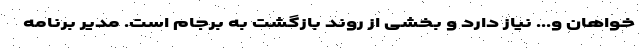
خواهان و... نیاز دارد و بخشی از روند بازگشت به برجام است. مدیر برنامه